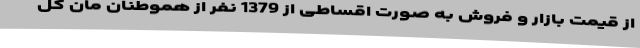
از قیمت بازار و فروش به صورت اقساطی از 1379 نفر از هموطنان مان کل